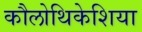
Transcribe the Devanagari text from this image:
कौलोथिकेशिया